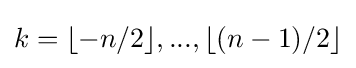
k=\lfloor -n/2\rfloor ,...,\lfloor (n-1)/2\rfloor